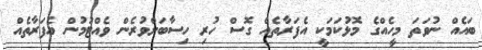
ބައެއް ނުވަތަ މީހެއްގެ މޮޅުކަމަކީ އެފަރާތެއް ގޮސް ހުރި ހިސާބަށްވުރެން ވެއްޓުމުން އެފަރާތެއް